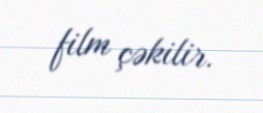
film çəkilir.